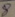
Text: 8